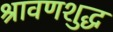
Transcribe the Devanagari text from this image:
श्रावणशुद्ध